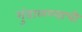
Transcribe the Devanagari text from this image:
गुंडाळण्याची